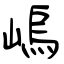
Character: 嵨